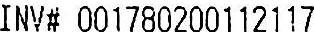
INV# 001780200112117